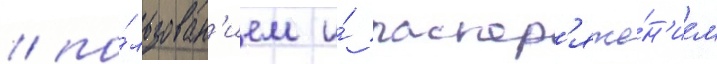
/ по́льзован'ием и́ распор'яже́н'ием